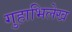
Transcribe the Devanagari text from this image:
गुहाभिलेख